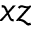
x z